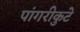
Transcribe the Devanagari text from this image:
पांगरीकुटे